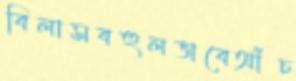
বিলাসবহুলভাবেআঁচ